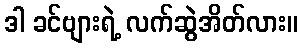
ဒါ ခင်ဗျားရဲ့ လက်ဆွဲအိတ်လား။